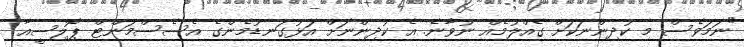
"ނަމަވެސް މި ކުދިންނަކަށް ގެއްލުމެއް ނުވާނެ. އެ ކުދިންނަށް އަޅުގަނޑުމެންގެ އެސެސްމަންޓް ޕޮލިސީއާ